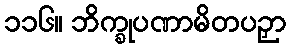
၁၁၆။ ဘိက္ခုပဏာမိတပဉှာ